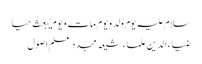
سلام علیہ یوم وُلد و یوم مات و یوم یُبعثُ حیاً
ضیاء الدین علماء شیعہ مجدد علم اصول